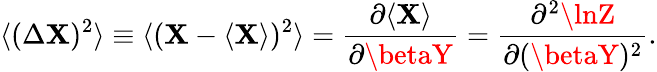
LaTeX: \langle(\Delta\mathbf{X})^{2}\rangle\equiv\langle(\mathbf{X}-\langle\mathbf{X}\rangle)^{2}\rangle={\frac{{\partial\langle\mathbf{X}\rangle}}{{\partial\betaY}}}={\frac{{\partial^{2}\lnZ}}{{\partial(\betaY)^{2}}}}.